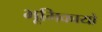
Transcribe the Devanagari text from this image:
भूमिकायो